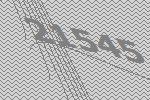
21545